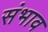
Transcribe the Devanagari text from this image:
संभाव